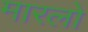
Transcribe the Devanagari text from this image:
मारलो